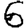
Digit: 6